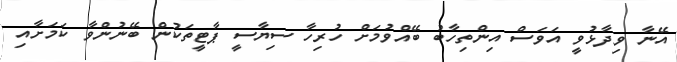
އޭނާ ވިދާޅުވީ އަވަސް އިންތިހާބު ބޭއްވުމަށް ހުރިހާ ސިޔާސީ ޕާޓީތަކުން ބޭނުންވާ ކަމަށާއި